Vana-Antsla_vallavalitsus, lk 186
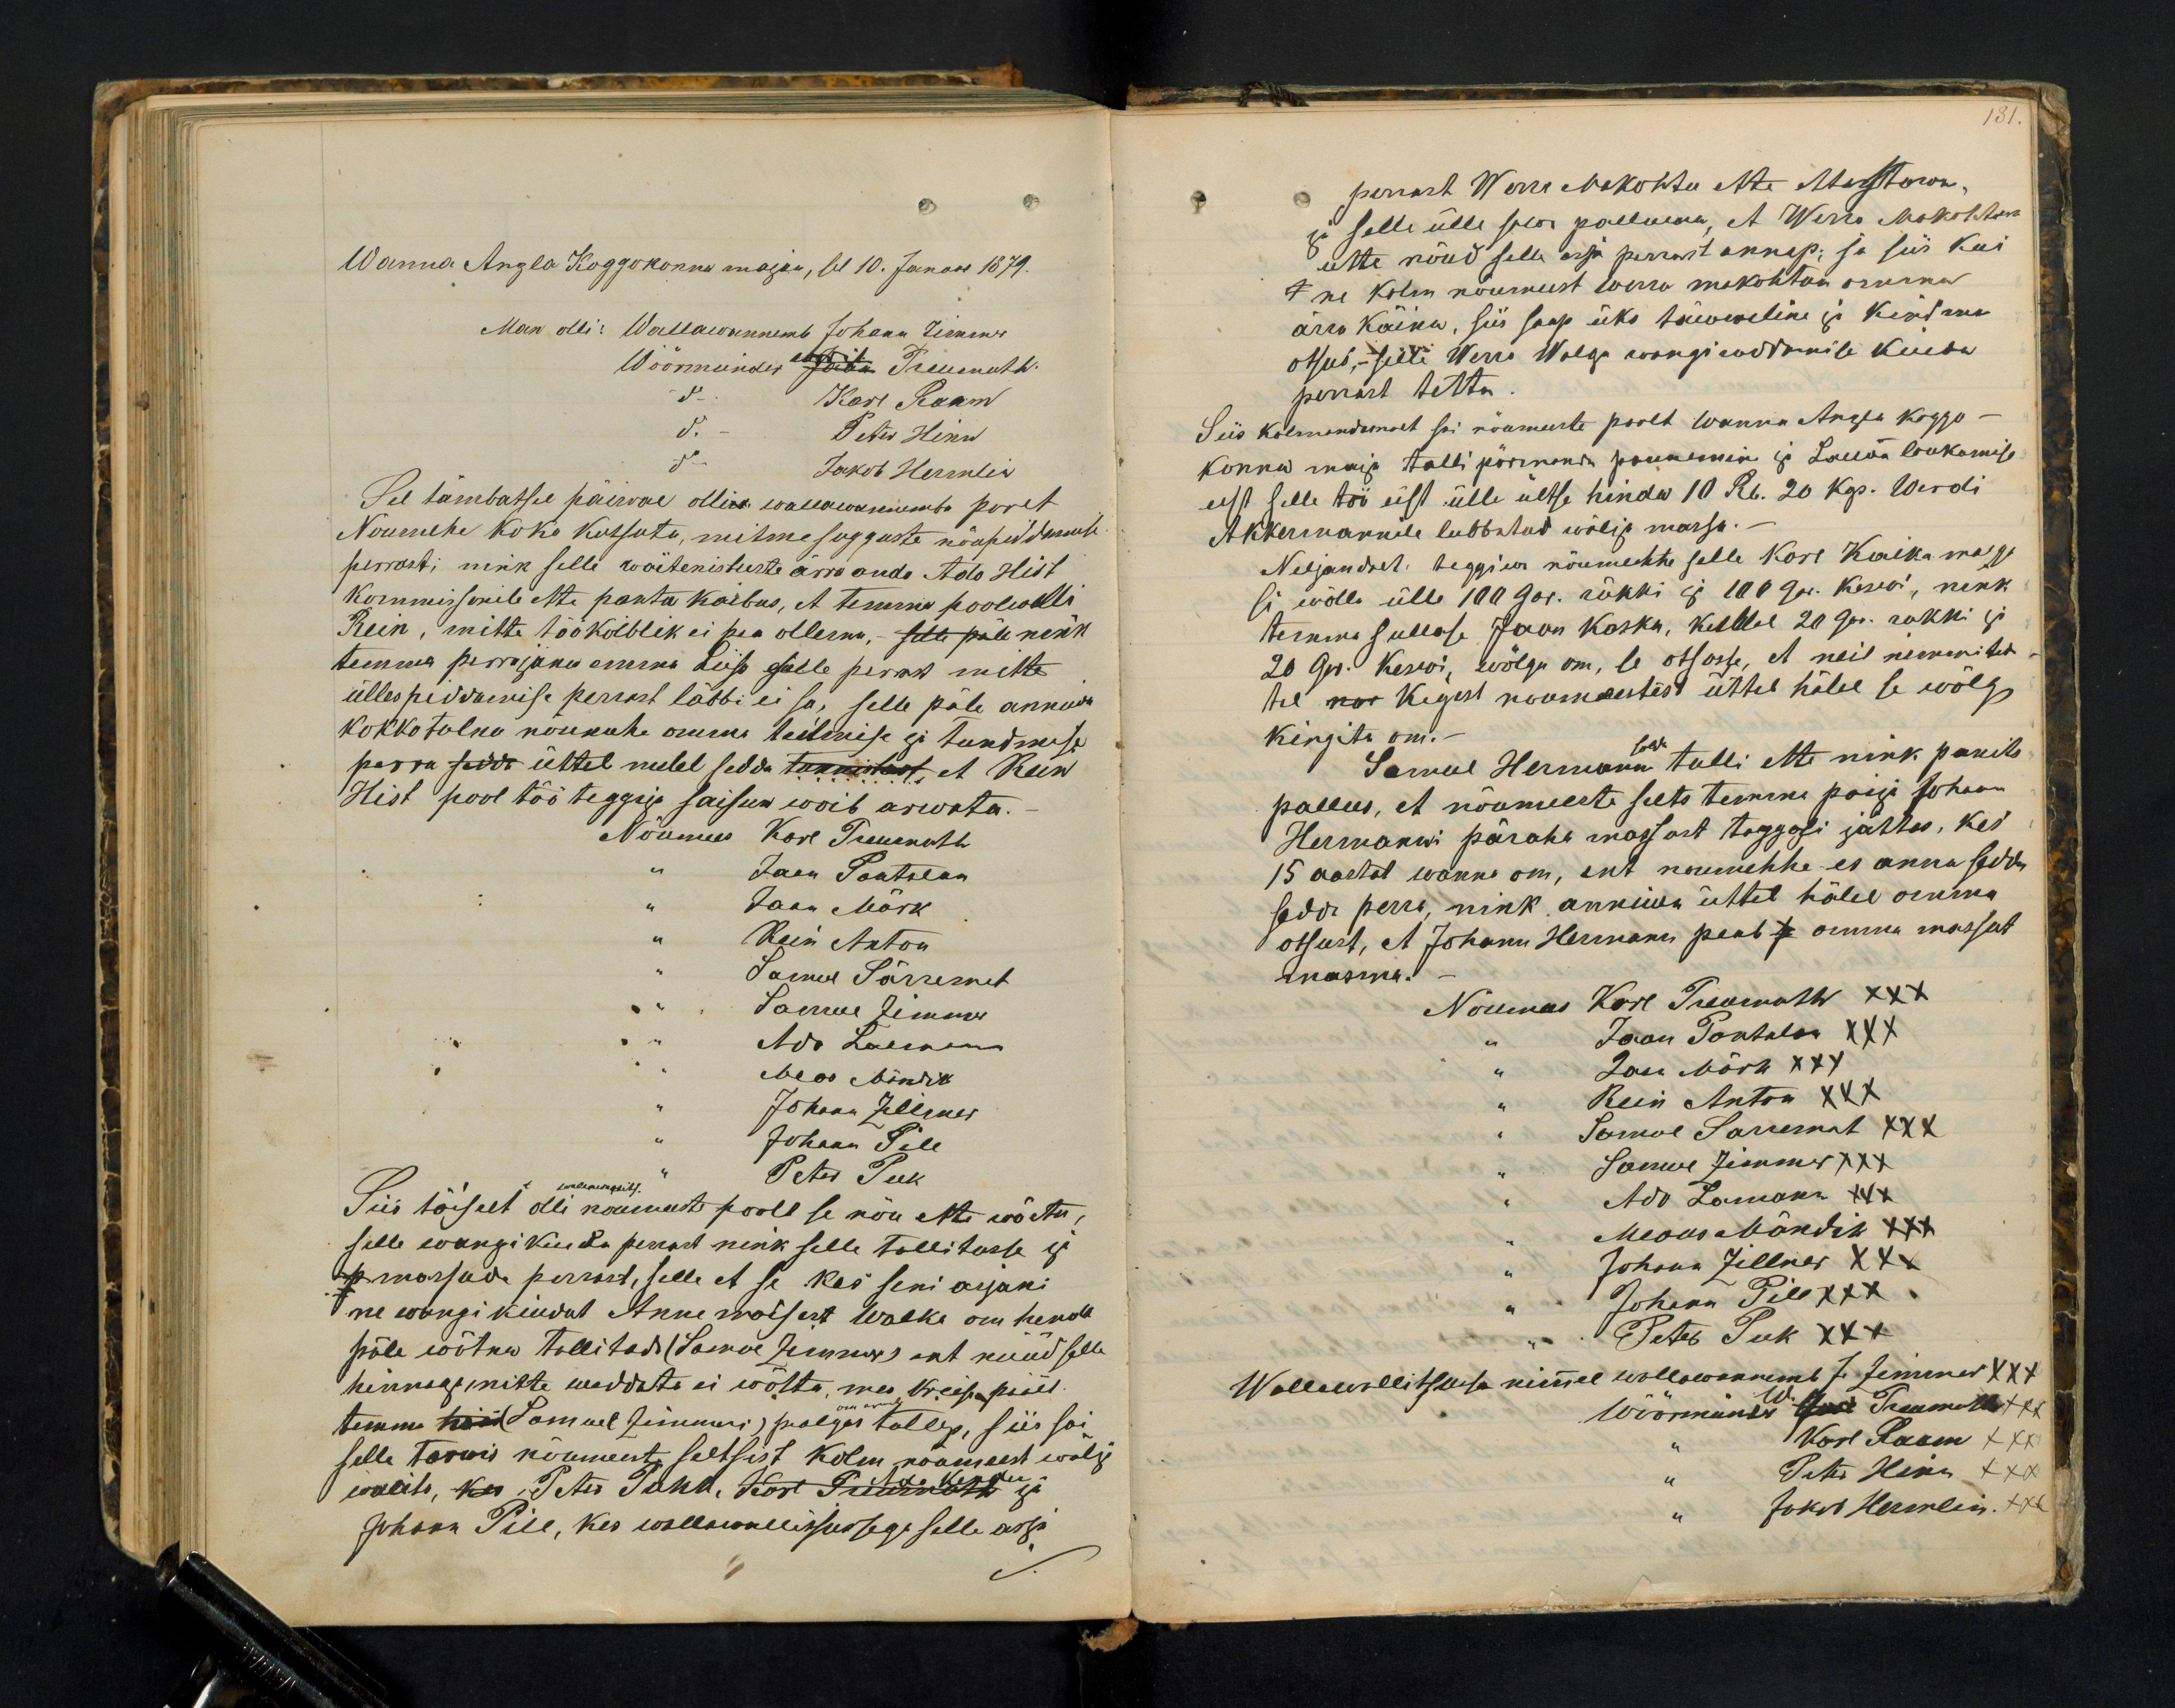
Wanna Anzla Koggokonna majas, sel 10. Januri 1879.
Man olli: Wallawannemb Johann Zimmer
Wöörmünder Jaan Treumuth
Karl Raam
Peter Hinn
Jakob Hermlin
Sel tämbatsel päiwal ollin wallawanemba poolt
Nöumehe koko kutsutu, mitmesugguste nöupiddamiste
perrast; nink selle wäetenistuste ärra ande Ado Hist
kommissonile ette panta kaibus, et temma poolwelli
Rein, mitte töökolblik ei pea ollema, - selle päle nink
temma perrajanu emma Liisa selle perrast mitte
üllespiddamise perrast läbbi ei sa, selle päle annud
kokkotulnu nöumehe omma teitmisse ja tundmise
perra sedda üttel meelel seda tunnistust, et Rein
Hist pool töö teggija saisun woib arwata.
Nöumees Karl Treumuth
Jaan Pantalon
Jaan Mörk
Rein Anton
Samul Särremat
Samul Zimmer
Ado Lamann
Meos Mändik
Johann Zellner
Johann Pill
Siis töiselt olli noumeeste poolt se nöu ette wöetu,
Peter Puk
selle wangi kindu perrast nink selle tallitusse ja
p. massude perrast, selle et se kes seni asjani
ne wangi kindut Anne möisast Walka om henda
päle wõtnu tallitada (Samul Zimmer) ent nüüd selle
hinnaga mitte weddata ei wõtta, mes kreisi päält
temma nüid (Samuel Zimmer) palgas tullep, siis sai
selle tarwis nöumeeste seltsist kolm nöumeest wälja
walito, kes Peter Pand,  Täna, Kost Sümmõtt" ja
Johan Pill, kes wallaemalitsusega selle asja

perrast Werro Makohtu ette etteastowa
ja selle ülle selts palluma, et Werro Makohto
utte nõud selle asja perrast annap; ja siis kui
ne kolm nõumeest Werro makohtun orurus
ärra käinu, siis saap üks töweline ja kindma
otsus, - selli Werro Walga wangi rood weddamise kindu
perrast tettu.
Siis kolmandamalt sai nöumeeste poolt Wanna Anzsa koggo-
konna maja talli pörmandu pannemine ja Lawwa loukamise
eest selle töö eest ülle ültse hindu 10 Rb. 20 kop. Werdi
Akkermannile lubbatud wälja massa.
Neljandelt: teggiwa nöumehhe selle Kore Kaika maga
si wõlla ülle 100 Gor. rükki ja 100 Gor. keswi, nink
temma sullase Jaan Koska, kellal 20 Gor. rukki ja
20 Gor. Keswi, wõlgu om, se otsaste, et neil nimmited
tel noo kigest noormeestest üttel hälel se wõlg
kingitu om.-
Samuel Hermann tulli ette nink panits
pallus, et nõumeeste selts temma poija Johann
Hermanni päraha massost taggasi jättes, kes
15 aastat wanna om, ent noumehhe es anna sedda
sedda perra, nink anniwa ühtel hälel omma
otsust, et Johann Hermann peab se omma massut
massma.
Nöumees Karl Treumuth XXX
Jaan Pantalon XXX
Jaan Mürk XXX
Rein Anton XXX
Samul Sarremat XXX
Samul Zimmer XXX
Ado Lamann XXX
Meous Mändik XXX
Johann Zillner XXX
Johann Pill XXX
Peter Puk XXX
Wallawallitsusse nimel wallawanemb J. Zimmer XXX
Wöörmünder W xx Treumuth XXX
Karl Raam XXX
Peter Hinn XXX
Jakob Hermlin